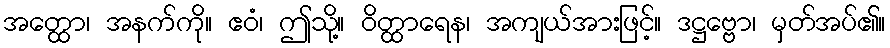
အတ္ထော၊ အနက်ကို။ ဧဝံ၊ ဤသို့။ ဝိတ္ထာရေန၊ အကျယ်အားဖြင့်။ ဒဋ္ဌဗ္ဗော၊ မှတ်အပ်၏။